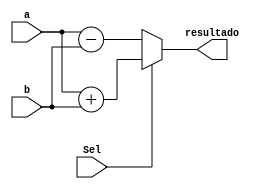
module S1L4B (a, b, Sel, resultado);

        input[7:0]  a;
        input[7:0]  b;
        input       Sel;
        output reg [8:0]  resultado;

       
        always @(a, b, Sel)       begin
           if (Sel)
              resultado = a + b;
           else
              resultado = a - b;
        end
endmodule